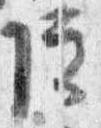
院